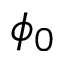
\phi _ { 0 }